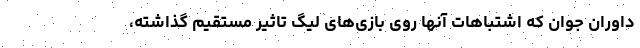
داوران جوان که اشتباهات آنها روی بازی‌های لیگ تاثیر مستقیم گذاشته،